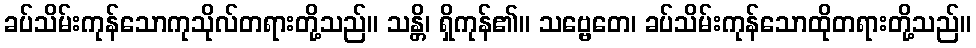
ခပ်သိမ်းကုန်သောကုသိုလ်တရားတို့သည်။ သန္တိ၊ ရှိကုန်၏။ သဗ္ဗေတေ၊ ခပ်သိမ်းကုန်သောထိုတရားတို့သည်။